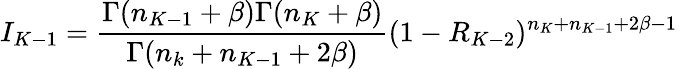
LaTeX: I_{K-1}=\frac{\Gamma(n_{K-1}+\beta)\Gamma(n_{K}+\beta)}{\Gamma(n_{k}+n_{K-1}+2\beta)}(1-R_{K-2})^{n_{K}+n_{K-1}+2\beta-1}~